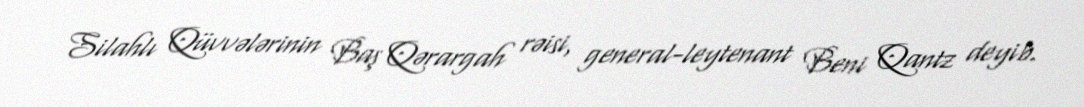
Silahlı Qüvvələrinin Baş Qərargah rəisi, general-leytenant Beni Qantz deyib.